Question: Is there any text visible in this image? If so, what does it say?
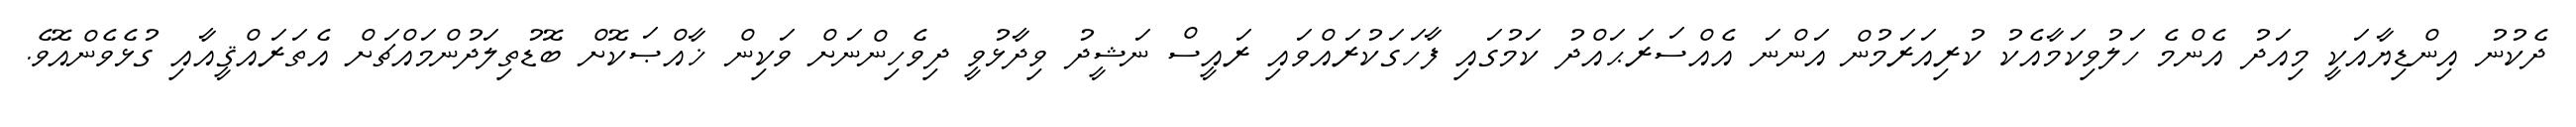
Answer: ދެކުނު އިންޑިޔާއަކީ މިއަދު އެންމެ ހަލުވިކަމާއެކު ކުރިއަރަމުން އަންނަ އެއްސަރަޙައްދު ކަމުގައި ފާހަގަކުރައްވައި ރައީސް ނަޝީދު ވިދާޅުވީ ދިވެހިންނަށް ވަކިން ޚާއްޞަކޮށް ބޮޑުތިލަދުންމައްޗަށް އެތަރައްޤީއާއި ގުޅެވެންއޮވެ.